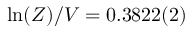
\ln ( Z ) / V = 0 . 3 8 2 2 ( 2 )